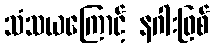
သံသယကြောင့် နဂါးဖြစ်